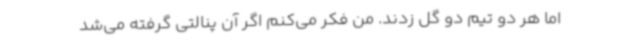
اما هر دو تیم دو گل زدند. من فکر می‌کنم اگر آن پنالتی گرفته می‌شد